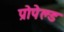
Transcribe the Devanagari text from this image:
प्रोपेल्ड